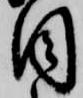
目